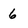
Character: 6